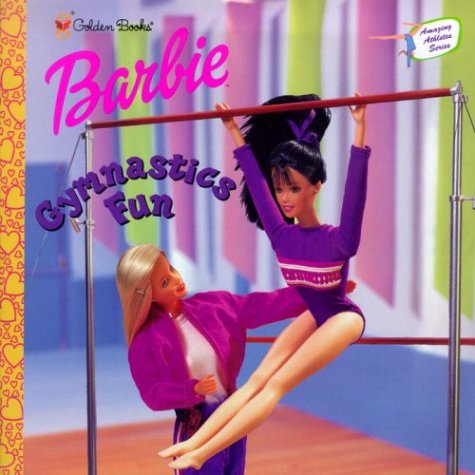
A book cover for Barbie: Gymnastics Fun, Amazing Athlete #3, (A Golden Storybook); Diane Muldrow; Children's Books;